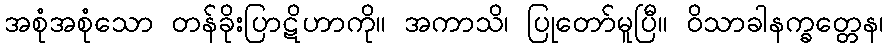
အစုံအစုံသော တန်ခိုးပြာဋိဟာကို။ အကာသိ၊ ပြုတော်မူပြီ။ ဝိသာခါနက္ခတ္တေန၊